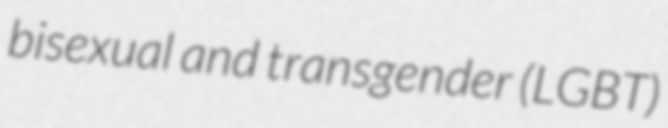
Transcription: bisexual and transgender (LGBT)